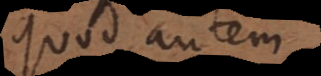
Quod autem